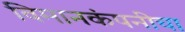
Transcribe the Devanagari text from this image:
विमानकंपनीचा